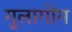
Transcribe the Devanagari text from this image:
गुलागोंग